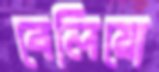
বেলিয়ো